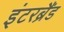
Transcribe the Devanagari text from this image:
इंटरब्रैंड